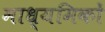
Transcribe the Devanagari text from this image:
माध्यमिकों